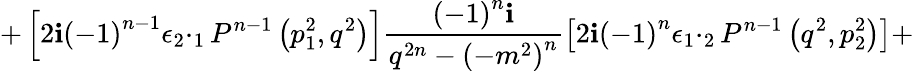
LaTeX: +\left[2\mathbf{i}{\left(-1\right)}^{n-1}{\epsilon}_{2}\cdotp_{1}P^{n-1}\left(p_{1}^{2},q^{2}\right)\right]\frac{{{\left(-1\right)}^{n}\mathbf{i}}}{{q^{2n}-{\left(-m^{2}\right)}^{n}}}\left[2\mathbf{i}{\left(-1\right)}^{n}{\epsilon}_{1}\cdotp_{2}P^{n-1}\left(q^{2},p_{2}^{2}\right)\right]+